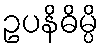
ဥပနိဓိမ္ပိ